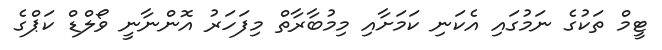
ޓީމް ތަކުގެ ނަމުގައި އެކަނި ކަމަށާއި މިމުބާރާތް މިފަހަރު އޮންނާނީ ވޯލްޑް ކަޕްގެ